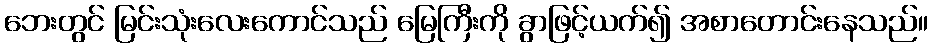
ဘေးတွင် မြင်းသုံးလေးကောင်သည် မြေကြီးကို ခွာဖြင့်ယက်၍ အစာတောင်းနေသည်။